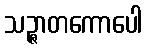
သဉ္ဇာတကောပေါ